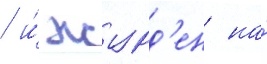
/ и́ журд'ен на́